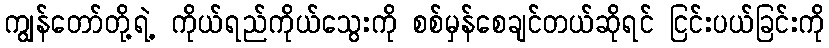
ကျွန်တော်တို့ရဲ့ ကိုယ်ရည်ကိုယ်သွေးကို စစ်မှန်စေချင်တယ်ဆိုရင် ငြင်းပယ်ခြင်းကို